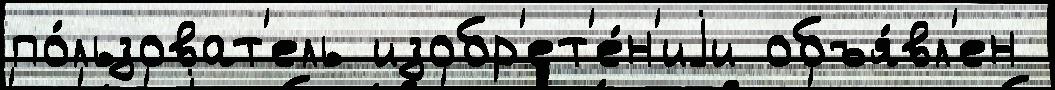
по́льзоват'ель изобр'ет'е́н'иjи объя́вл'ен